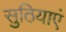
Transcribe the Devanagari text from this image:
सुठियाएं